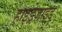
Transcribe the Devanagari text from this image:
हाइड्रेज़ाइड